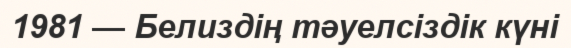
1981 — Белиздің тәуелсіздік күні